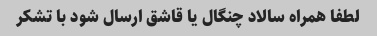
لطفا همراه سالاد چنگال یا قاشق ارسال شود با تشکر